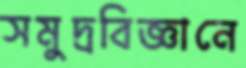
সমুদ্রবিজ্ঞানে